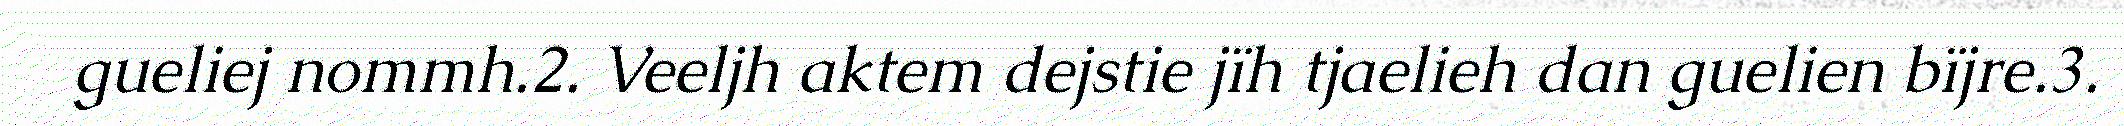
gueliej nommh.2. Veeljh aktem dejstie jïh tjaelieh dan guelien bïjre.3.